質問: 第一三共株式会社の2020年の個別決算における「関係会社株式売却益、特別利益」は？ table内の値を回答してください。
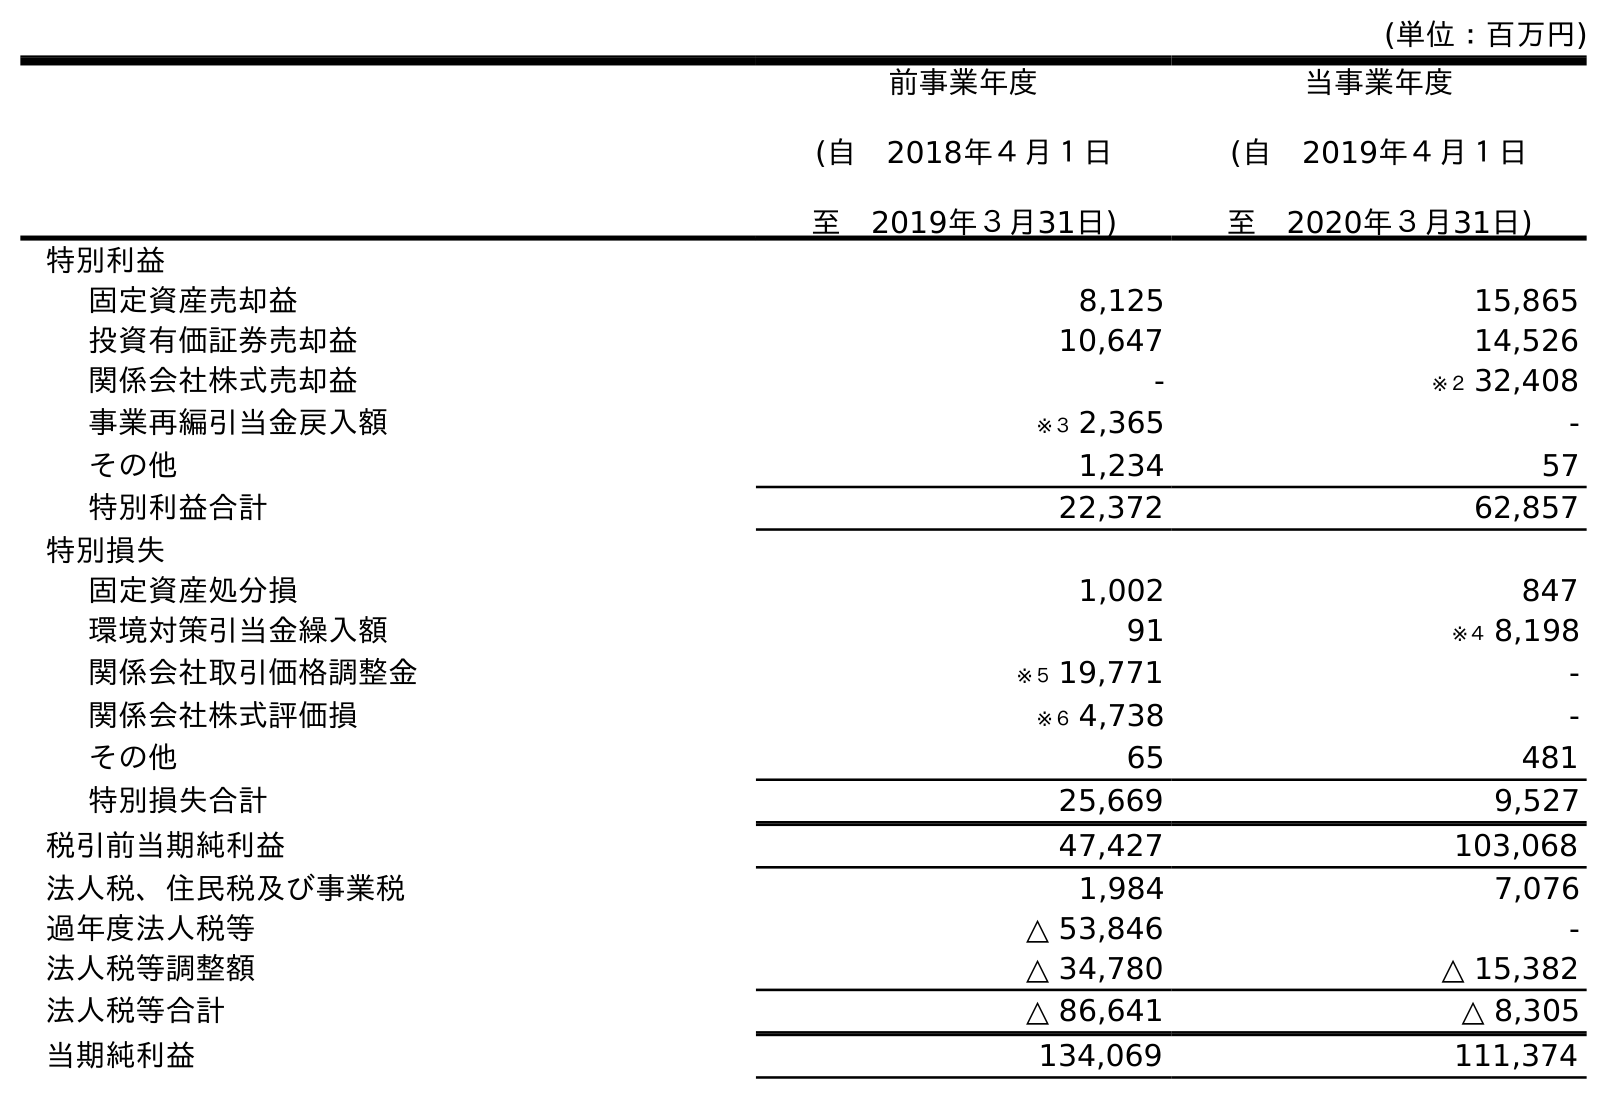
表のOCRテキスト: (単位：百万円) 前事業年度 (自 2018年４月１日 至 2019年３月31日) 当事業年度 (自 2019年４月１日 至 2020年３月31日) 特別利益 固定資産売却益 8,125 15,865 投資有価証券売却益 10,647 14,526 関係会社株式売却益 - ※２ 32,408 事業再編引当金戻入額 ※３ 2,365 - その他 1,234 57 特別利益合計 22,372 62,857 特別損失 固定資産処分損 1,002 847 環境対策引当金繰入額 91 ※４ 8,198 関係会社取引価格調整金 ※５ 19,771 - 関係会社株式評価損 ※６ 4,738 - その他 65 481 特別損失合計 25,669 9,527 税引前当期純利益 47,427 103,068 法人税、住民税及び事業税 1,984 7,076 過年度法人税等 △ 53,846 - 法人税等調整額 △ 34,780 △ 15,382 法人税等合計 △ 86,641 △ 8,305 当期純利益 134,069 111,374
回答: ※２32,408